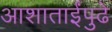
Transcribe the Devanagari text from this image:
आशाताईंपुढे